Annual administration report of the Civil Veterinary Department of India - 1897-1898
Year: 1897
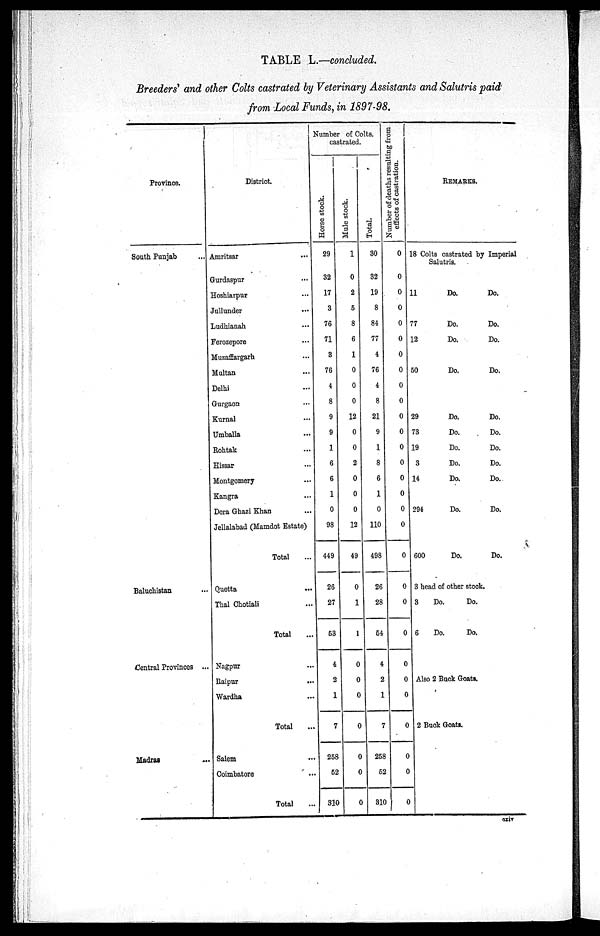
TABLE L.—concluded.
Breeders' and other Colts castrated by Veterinary Assistants and Salutris paid
from Local Funds, in 1897—98.
Province.
South Punjab ...
Baluchistan ...
Central Provinces ...
Madras ...
District.
Amritsar ...
Gurdaspur ...
Hoshiarpur ...
Jullunder ...
Ludhianah ...
Ferozepore ...
Muzaffargarh ...
Multan ...
Delhi
Gurgaon ...
Kurnal ...
Umballa ...
Rohtak ...
Hissar ...
Montgomery
Kangra ...
Dera Ghazi Khan ...
Jellalabad (Mamdot Estate)
Total ...
Quetta ...
Thal Chotiali ...
Total ...
Nagpur ...
Raipur
...
Wardha ...
Total ...
Salem ...
Coimbatore ...
Total ...
Number of Colts.
castrated.
Hor s e stock.
29
32
17
3
76
71
3
76
4
8
9
9
1
6
6
1
0
98
449
26
27
53
4
2
1
7
258
62
310
Mul e stock.
1
0
2
5
8
6
1
0
0
0
12
0
0
2
0
0
0
12
49
0
1
1
0
0
0
0
0
0
0
Tot al .
30
32
19
8
84
77
4
76
4
8
21
9
1
8
6
1
0
110
498
26
28
54
4
2
1
7
258
52
310
Number of deaths resulting from
effects of castration.
0
0
0
0
0
0
0
0
0
0
0
0
0
0
0
0
0
0
0
0
0
0
0
0
0
0
0
0
0
REMARKS.
18 Colts castrated by Imperial
Salutris.
11
Do.
Do.
77
Do.
Do.
12
Do.
Do.
50
Do.
Do.
29
Do.
Do.
73
Do.
Do.
19
Do.
Do.
3
Do.
Do.
14
Do.
Do.
294
Do.
Do.
600
Do.
Do.
3 head of other stock.
3
Do.
Do.
6
Do.
Do.
Also 2 Buck Goats.
2 Buck Goats.
cxiv